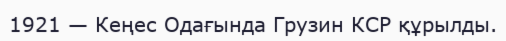
1921 — Кеңес Одағында Грузин КСР құрылды.